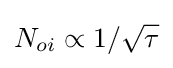
N_{oi}\propto 1/{\sqrt {\tau }}